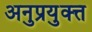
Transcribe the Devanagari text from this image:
अनुप्रयुक्त्त